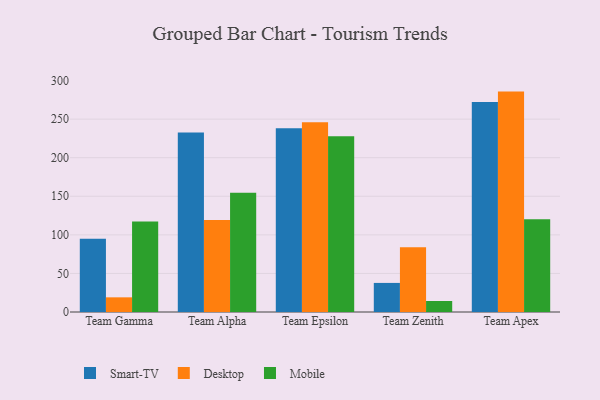
{"axis": {"x": "Team", "y": "Waste Production (Tons)"}, "legend": ["Desktop", "Mobile", "Smart-TV"], "data": [{"x": "Team Gamma", "y": 94.8, "type": "Smart-TV"}, {"x": "Team Gamma", "y": 19.0, "type": "Desktop"}, {"x": "Team Gamma", "y": 117.2, "type": "Mobile"}, {"x": "Team Alpha", "y": 232.7, "type": "Smart-TV"}, {"x": "Team Alpha", "y": 119.4, "type": "Desktop"}, {"x": "Team Alpha", "y": 154.6, "type": "Mobile"}, {"x": "Team Epsilon", "y": 238.1, "type": "Smart-TV"}, {"x": "Team Epsilon", "y": 245.9, "type": "Desktop"}, {"x": "Team Epsilon", "y": 227.7, "type": "Mobile"}, {"x": "Team Zenith", "y": 37.7, "type": "Smart-TV"}, {"x": "Team Zenith", "y": 83.8, "type": "Desktop"}, {"x": "Team Zenith", "y": 14.3, "type": "Mobile"}, {"x": "Team Apex", "y": 272.3, "type": "Smart-TV"}, {"x": "Team Apex", "y": 285.7, "type": "Desktop"}, {"x": "Team Apex", "y": 120.1, "type": "Mobile"}]}